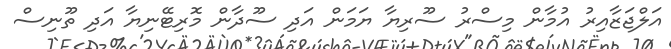
އަލްޖަޒާއިރު އުމާން މިސްރު ސޫރިޔާ ޔަމަން އަދި ސޫދާން މޮރިޓޭނިޔާ އަދި ތޫނިސް